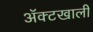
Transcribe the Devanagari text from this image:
ॲक्टखाली